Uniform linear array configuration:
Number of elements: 4
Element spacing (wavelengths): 0.75
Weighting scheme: blackman
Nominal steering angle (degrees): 0
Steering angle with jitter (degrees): -0.1342
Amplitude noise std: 0.05
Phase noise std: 0.05

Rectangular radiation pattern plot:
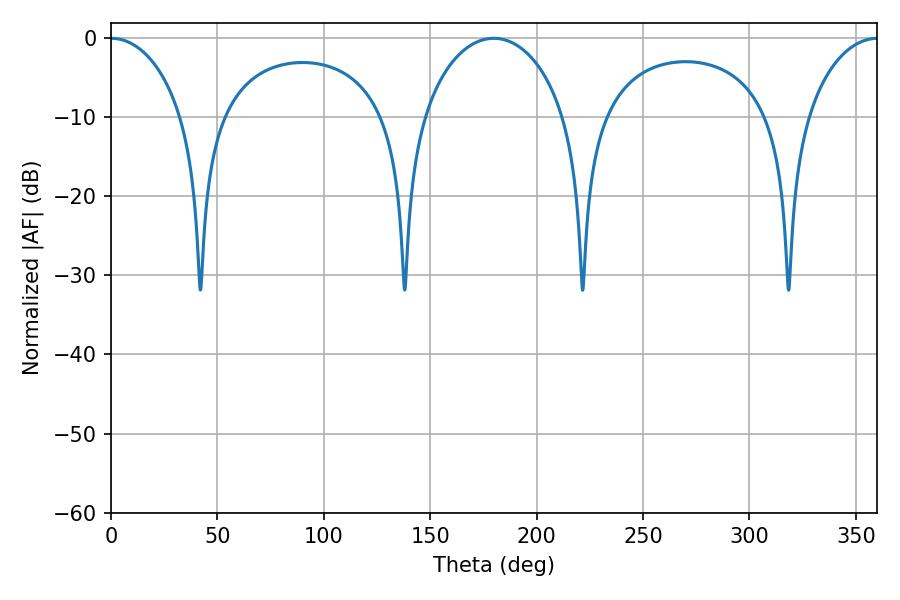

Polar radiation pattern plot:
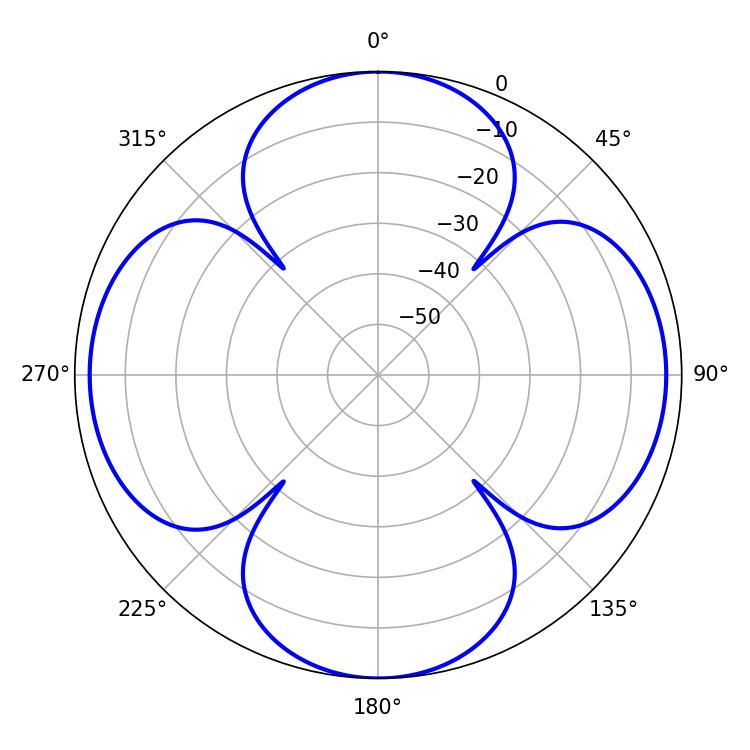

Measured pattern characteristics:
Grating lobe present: TRUE
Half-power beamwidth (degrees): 19.62
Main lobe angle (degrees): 0.18